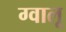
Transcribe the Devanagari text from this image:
ग्वालू